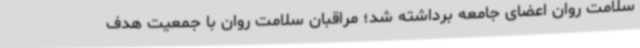
سلامت روان اعضای جامعه برداشته شد؛ مراقبان سلامت روان با جمعیت هدف